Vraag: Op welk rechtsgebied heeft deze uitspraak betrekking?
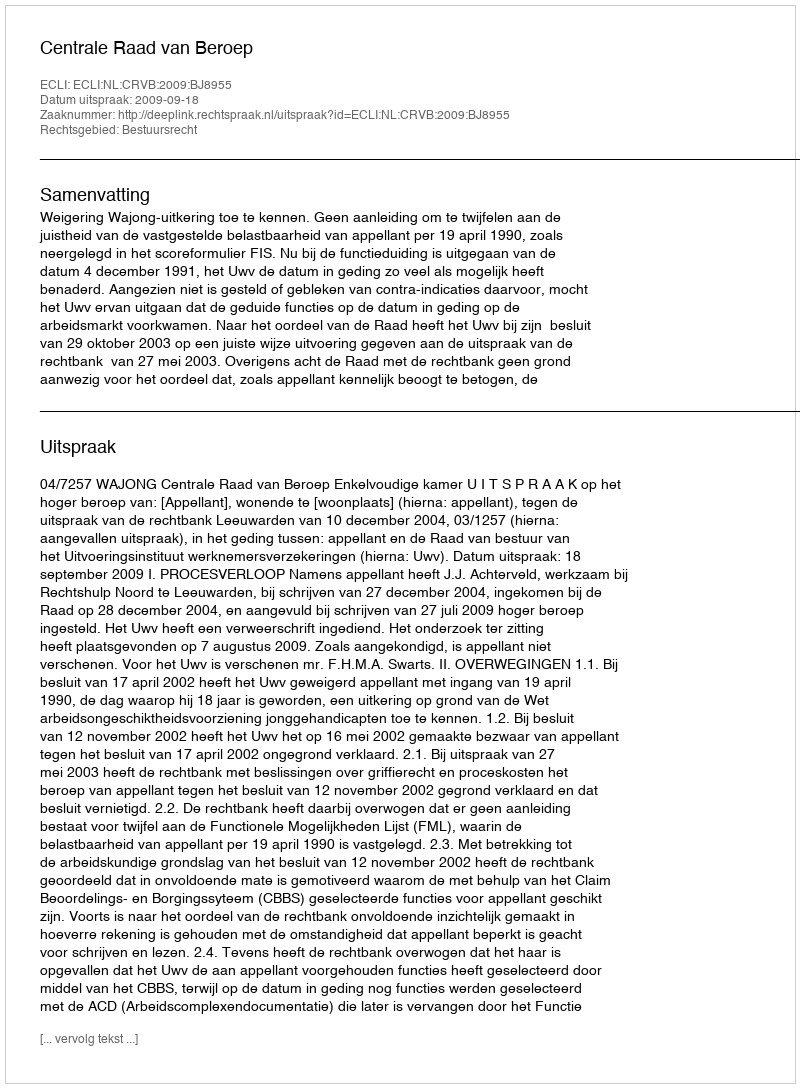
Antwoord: Bestuursrecht